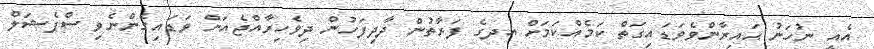
އެއީ ނުހަނު ޙައިރާންވެވަޑައިގަތް ކަމެއްކަމަށް އދގެ ފަރާތުން ދާދިފަހުން ދިވެހިރާއްޖެއަށް ވަޑައިގެންނެވި ސްޕެޝަލް